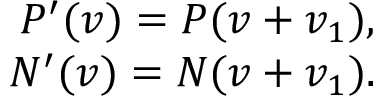
\begin{array} { r } { P ^ { \prime } ( v ) = P ( v + v _ { 1 } ) , } \\ { N ^ { \prime } ( v ) = N ( v + v _ { 1 } ) . } \end{array}